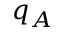
q _ { A }